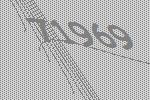
71969